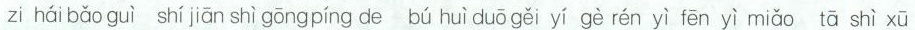
zi hái bǎo guì shí jiān shì gōng píng de bú huì duō gěi yí gè rén yì fēn yì miǎo tā shì xū